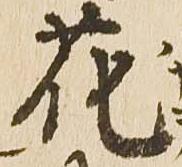
花